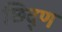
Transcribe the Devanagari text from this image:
छिद्ण